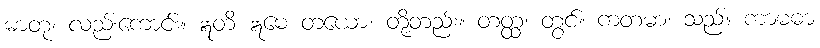
ဓာတု၊ လည်းကောင်း။ ဣတိ ဣမေ တယော၊ တို့တည်း။ တတ္ထ၊ တွင်။ ကတမာ၊ သည်။ ကာမဓာ